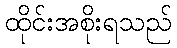
ထိုင်းအစိုးရသည်